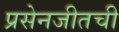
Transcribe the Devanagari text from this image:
प्रसेनजीतची